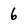
Character: 6